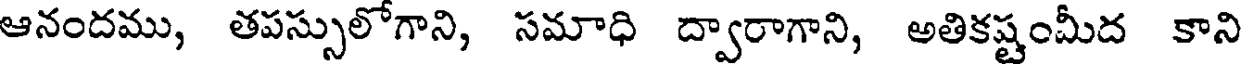
ఆనందము, తపస్సులోగాని, సమాధి ద్వారాగాని, అతికష్టంమీద కాని